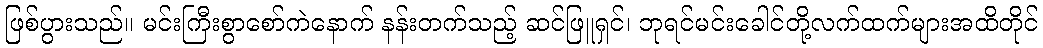
ဖြစ်ပွားသည်။ မင်းကြီးစွာစော်ကဲနောက် နန်းတက်သည့် ဆင်ဖြူရှင်၊ ဘုရင်မင်းခေါင်တို့လက်ထက်များအထိတိုင်